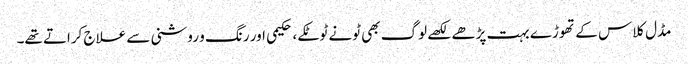
مڈل کلاس کے تھوڑے بہت پڑھے لکھے لوگ بھی ٹونے ٹوٹکے، حکیمی اور رنگ و روشنی سے علاج کراتے تھے۔